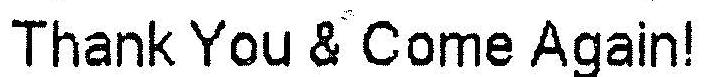
THANK YOU & COME AGAIN!